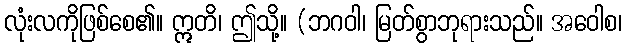
လုံးလကိုဖြစ်စေ၏။ ဣတိ၊ ဤသို့။ (ဘဂဝါ၊ မြတ်စွာဘုရားသည်။ အဝေါစ၊